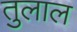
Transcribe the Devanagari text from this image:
तुलाल